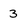
Character: 3